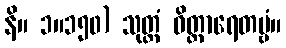
နိ။ ၁။၁၅၀) သုတ္တံ ဝိတ္ထာရေတဗ္ဗံ။